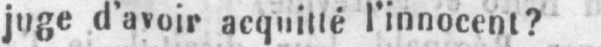
juge d’avoir acquitté l’innocent?